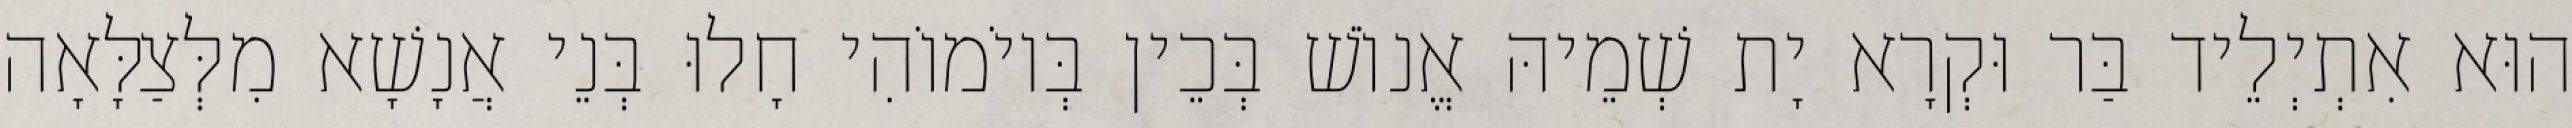
הוּא אִתְיְלֵיד בַּר וּקְרָא יָת שְׁמֵיהּ אֱנוֹשׁ בְּכֵין בְּיוֹמוֹהִי חָלוּ בְּנֵי אֲנָשָׁא מִלְּצַלָּאָה